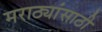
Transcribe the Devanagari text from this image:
मराठ्यांसाठी